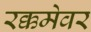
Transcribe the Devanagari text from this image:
रक्कमेवर